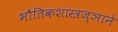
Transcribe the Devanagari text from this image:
भौतिकशास्त्रज्ञाने